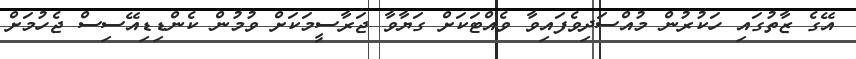
އޭގެ ޒާތުގައި ހަކުރުން މުއްސަދިވެފައިވާ ވެއްޓަކަށް ގަޔާވާ ޖަރާސީމަކަށް ވުމުން ކެންޑިޑިއޭސިސް ޖެހުމަށް